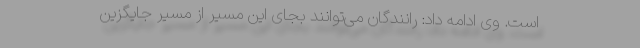
است. وی ادامه داد: رانندگان می‌توانند بجای این مسیر از مسیر جایگزین